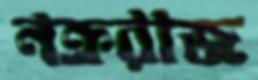
নক্ররাজ